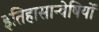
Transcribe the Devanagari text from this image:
इतिहासान्वेषियों